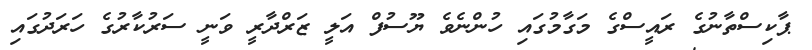
ޕާކިސްތާނުގެ ރައީސްގެ މަގާމުގައި ހުންނެވެ ޔޫސުފް އަލީ ޒަރްދާރީ ވަނީ ސަރުކާރުގެ ހަރަދުގައި